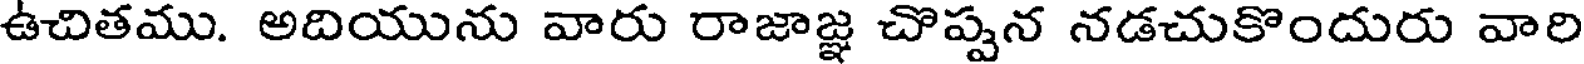
ఉచితము. అదియును వారు రాజాజ్ఞ చొప్పన నడచుకొందురు వారి